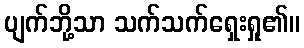
ပျက်ဘို့သာ သက်သက်ရှေးရှု၏။